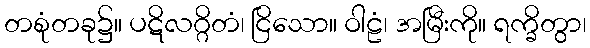
တစုံတခု၌။ ပဋိလဂ္ဂိတံ၊ ငြိသော။ ဝါဠံ၊ အမြီးကို။ ရက္ခိတွာ၊